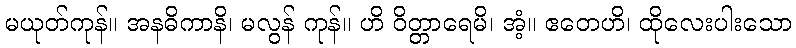
မယုတ်ကုန်။ အနဓိကာနိ၊ မလွန် ကုန်။ ဟိ ဝိတ္တာရေမိ၊ အံ့။ ဧတေဟိ၊ ထိုလေးပါးသော